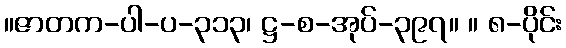
။ဇာတက-ပါ-ပ-၃၁၃၊ ဋ္ဌ-စ-အုပ်-၃၉၇။ ။ ၈-ပိုင်း